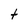
Character: t